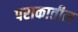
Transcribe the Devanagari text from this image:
पराकातील